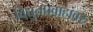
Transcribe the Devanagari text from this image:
विद्युतप्रवाहांवर